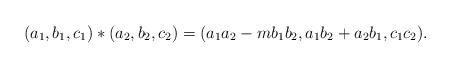
LaTeX: \begin{align*} (a_1,b_1,c_1)*(a_2,b_2,c_2)=(a_1a_2 - mb_1b_2, a_1b_2 + a_2b_1,c_1c_2).\end{align*}